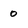
Character: 0